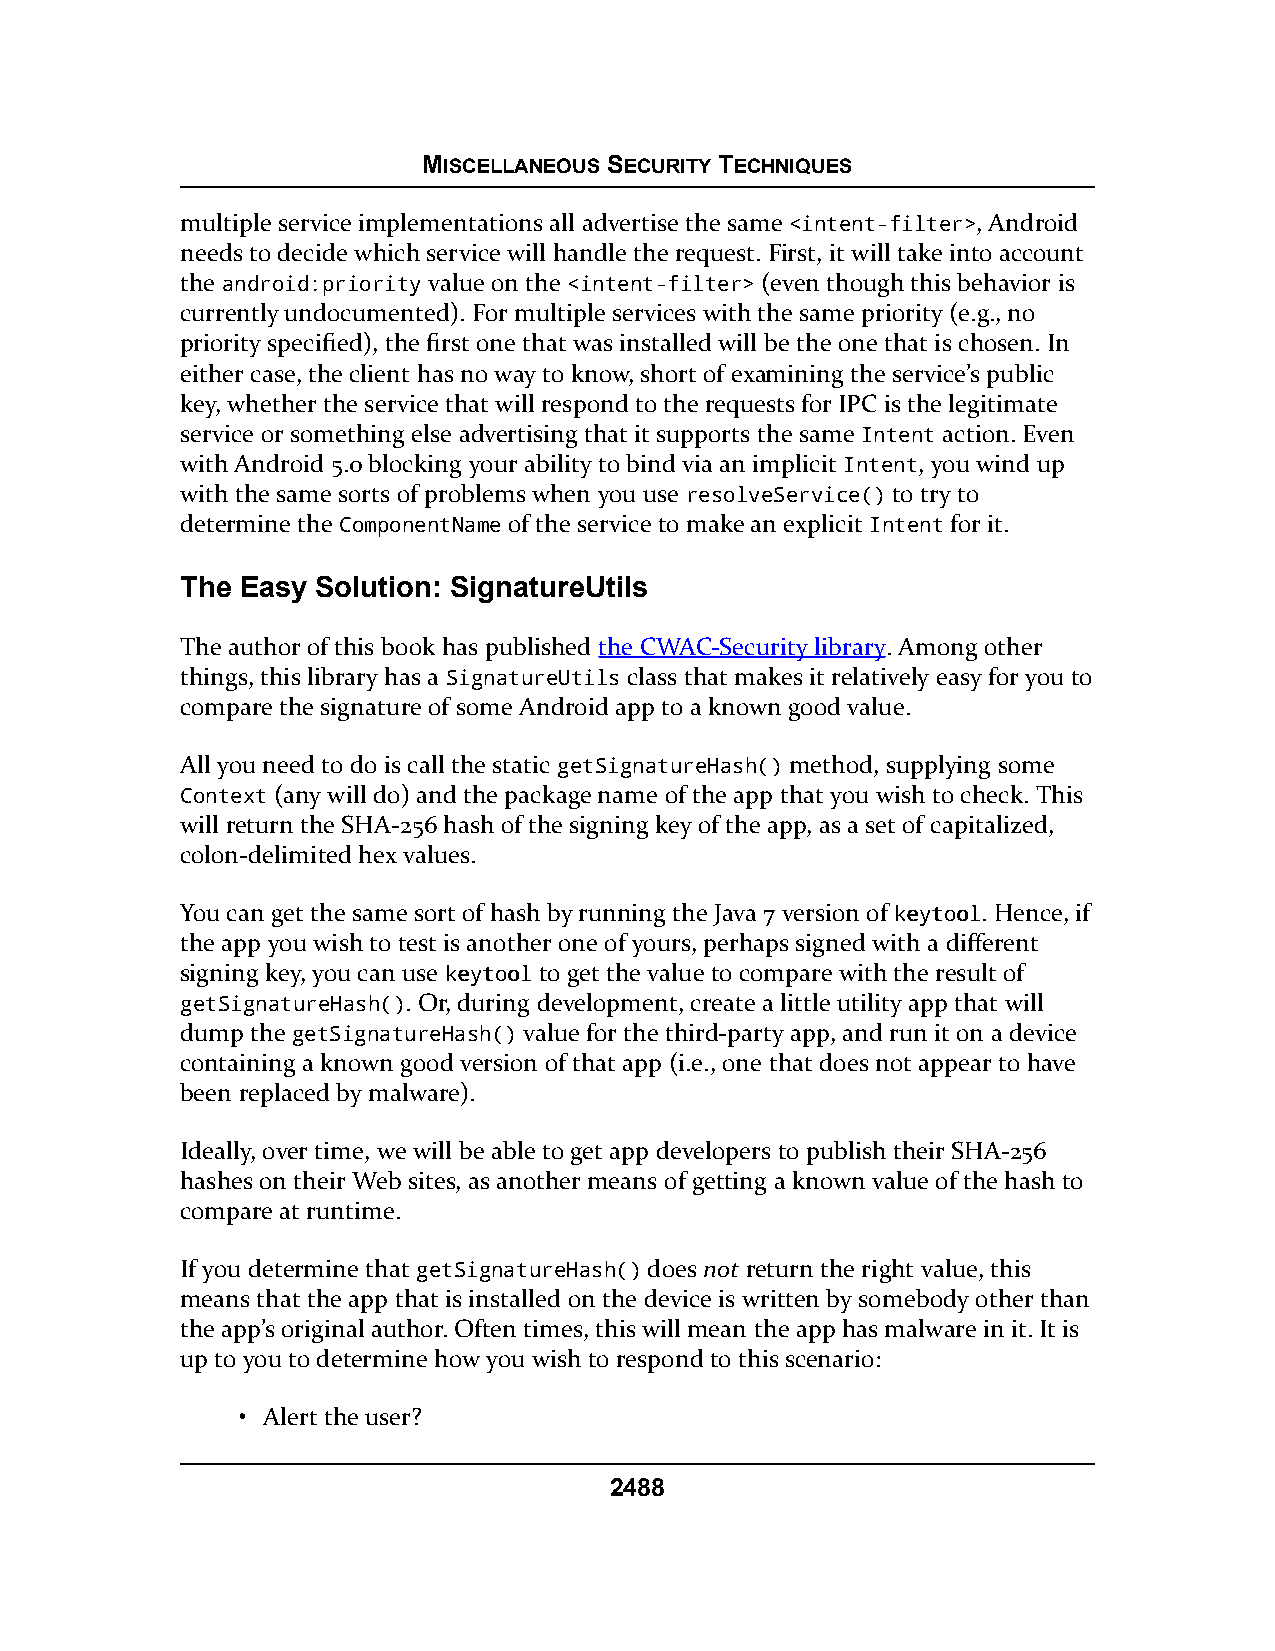
MISCELLANEOUS SECURITY TECHNIQUES
 multiple service implementations all advertise the same <intent-filter>, Android
 needs to decide which service will handle the request. First, it will take into account
 the android:priority value on the <intent-filter> (even though this behavior is
 currently undocumented). For multiple services with the same priority (e.g., no
 priority specified), the first one that was installed will be the one that is chosen. In
 either case, the client has no way to know, short of examining the service’s public
 key, whether the service that will respond to the requests for IPC is the legitimate
 service or something else advertising that it supports the same Intent action. Even
 with Android 5.0 blocking your ability to bind via an implicit Intent, you wind up
 with the same sorts of problems when you use resolveService() to try to
 determine the ComponentName of the service to make an explicit Intent for it.
 The Easy Solution: SignatureUtils
 The author of this book has published the CWAC-Security library. Among other
 things, this library has a SignatureUtils class that makes it relatively easy for you to
 compare the signature of some Android app to a known good value.
 All you need to do is call the static getSignatureHash() method, supplying some
 Context (any will do) and the package name of the app that you wish to check. This
 will return the SHA-256 hash of the signing key of the app, as a set of capitalized,
 colon-delimited hex values.
 You can get the same sort of hash by running the Java 7 version of kkeeyyttooooll. Hence, if
 the app you wish to test is another one of yours, perhaps signed with a different
 signing key, you can use kkeeyyttoooollto get the value to compare with the result of
 getSignatureHash(). Or, during development, create a little utility app that will
 dump the getSignatureHash() value for the third-party app, and run it on a device
 containing a known good version of that app (i.e., one that does not appear to have
 been replaced by malware).
 Ideally, over time, we will be able to get app developers to publish their SHA-256
 hashes on their Web sites, as another means of getting a known value of the hash to
 compare at runtime.
 If you determine that getSignatureHash() does not return the right value, this
 means that the app that is installed on the device is written by somebody other than
 the app’s original author. Often times, this will mean the app has malware in it. It is
 up to you to determine how you wish to respond to this scenario:
 • Alert the user?
 2488